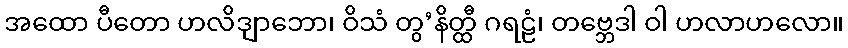
အထော ပီတော ဟလိဒျာဘော၊ ဝိသံ တွ’နိတ္ထီ ဂရဠံ၊ တဗ္ဘေဒါ ဝါ ဟလာဟလော။